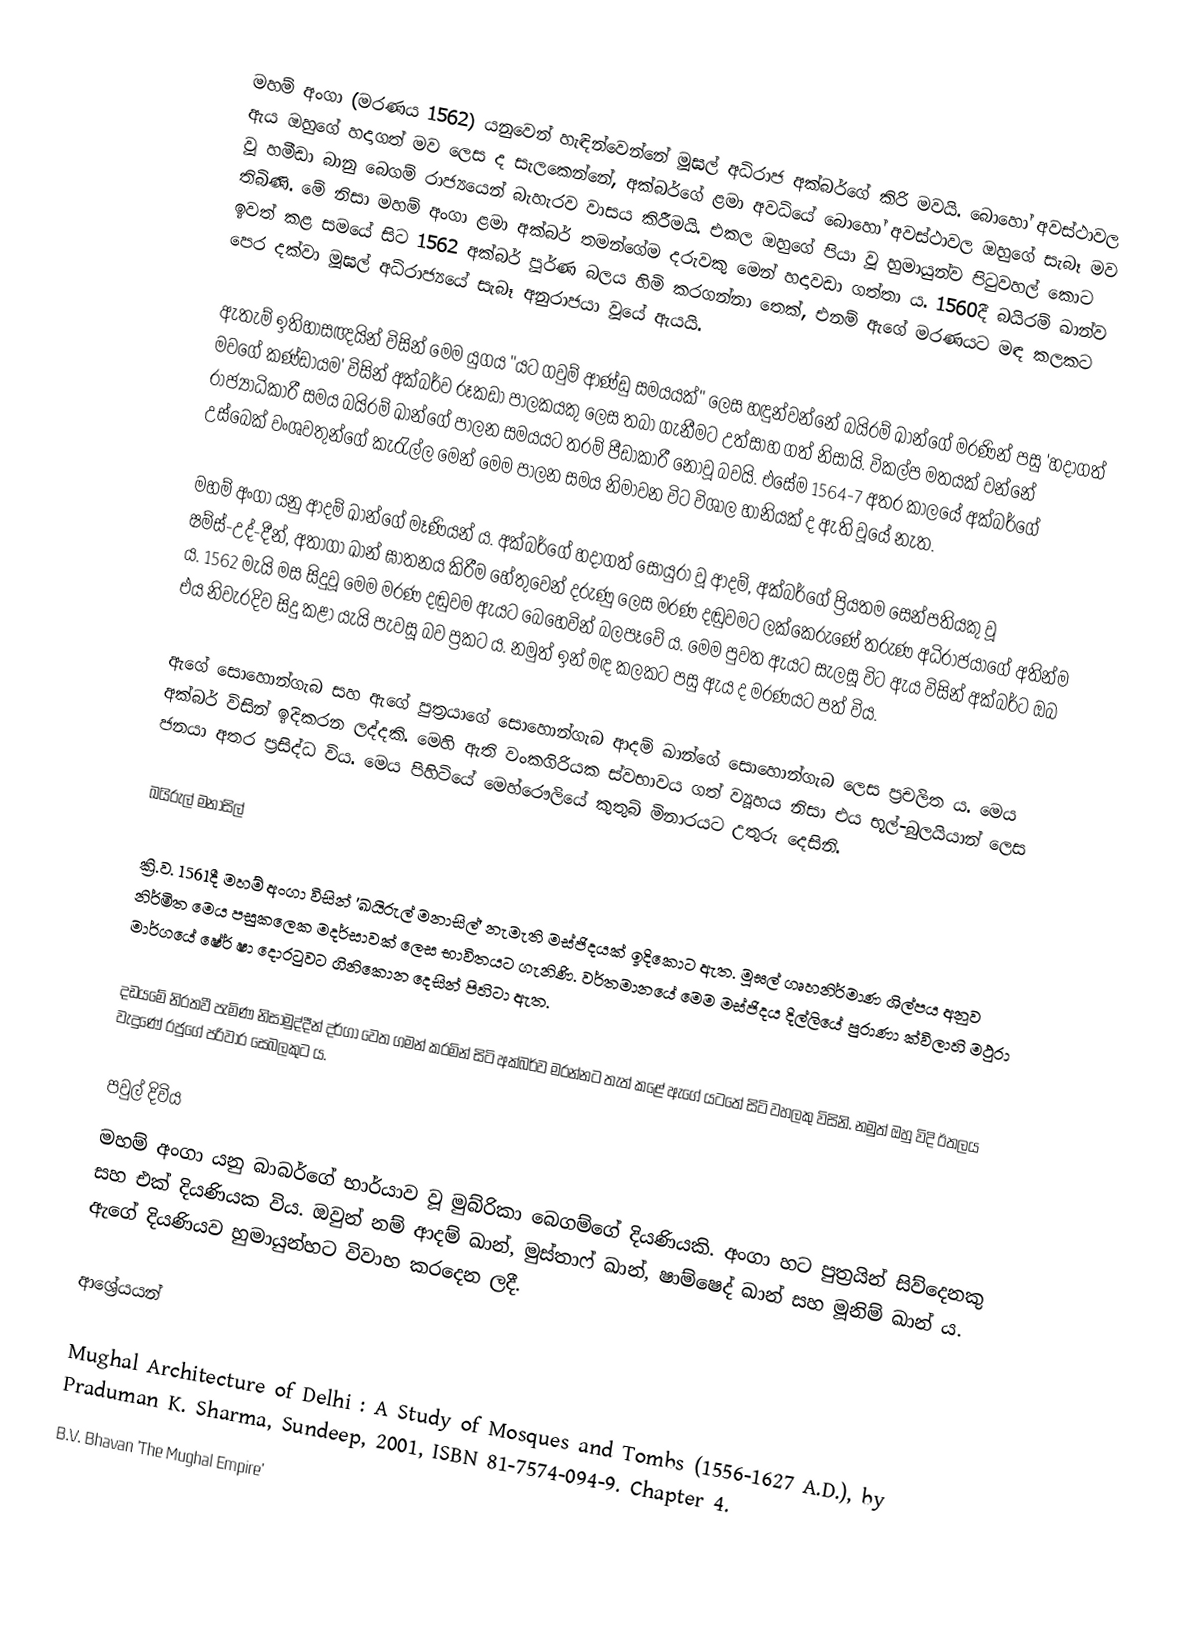
මහම් අංගා (මරණය 1562) යනුවෙන් හැඳින්වෙන්නේ මූඝල් අධිරාජ අක්බර්ගේ කිරි මවයි. බොහෝ අවස්ථාවල ඇය ඔහුගේ හදාගත් මව ලෙස ද සැලකෙන්නේ, අක්බර්ගේ ළමා අවධියේ බොහෝ අවස්ථාවල ඔහුගේ සැබෑ මව වූ හමීඩා බානු බෙගම් රාජ්‍යයෙන් බැහැරව වාසය කිරීමයි. එකල ඔහුගේ පියා වූ හුමායුන්ව පිටුවහල් කොට තිබිණි. මේ නිසා මහම් අංගා ළමා අක්බර් තමන්ගේම දරුවකු මෙන් හදාවඩා ගත්තා ය. 1560දී බයිරම් ඛාන්ව ඉවත් කළ සමයේ සිට 1562 අක්බර් පූර්ණ බලය හිමි කරගන්නා තෙක්, එනම් ඇගේ මරණයට මඳ කලකට පෙර දක්වා මූඝල් අධිරාජ්‍යයේ සැබෑ අනුරාජයා වූයේ ඇයයි.

ඇතැම් ඉතිහාසඥයින් විසින් මෙම යුගය "යට ගවුම් ආණ්ඩු සමයයක්" ලෙස හඳුන්වන්නේ බයිරම් ඛාන්ගේ මරණින් පසු 'හදාගත් මවගේ කණ්ඩායම' විසින් අක්බර්ව රූකඩා පාලකයකු ලෙස තබා ගැනීමට උත්සාහ ගත් නිසායි. විකල්ප මතයක් වන්නේ රාජ්‍යාධිකාරී සමය බයිරම් ඛාන්ගේ පාලන සමයයට තරම් පීඩාකාරී නොවූ බවයි. එසේම 1564-7 අතර කාලයේ අක්බර්ගේ උස්බෙක් වංශවතුන්ගේ කැරැල්ල මෙන් මෙම පාලන සමය නිමාවන විට විශාල හානියක් ද ඇති වූයේ නැත.

මහම් අංගා යනු ආදම් ඛාන්ගේ මෑණියන් ය. අක්බර්ගේ හදාගත් සොයුරා වූ ආදම්, අක්බර්ගේ ප්‍රියතම සෙන්පතියකු වූ ෂම්ස්-උද්-දීන්, අතාගා ඛාන් ඝාතනය කිරීම හේතුවෙන් දරුණු ලෙස මරණ දඬුවමට ලක්කෙරුණේ තරුණ අධිරාජයාගේ අතින්ම ය. 1562 මැයි මස සිදුවූ මෙම මරණ දඬුවම ඇයට බෙහෙවින් බලපෑවේ ය. මෙම පුවත ඇයට සැලසූ විට ඇය විසින් අක්බර්ට ඔබ එය නිවැරදිව සිදු කළා යැයි පැවසූ බව ප්‍රකට ය. නමුත් ඉන් මඳ කලකට පසු ඇය ද මරණයට පත් විය.

ඇගේ සොහොන්ගැබ සහ ඇගේ පුත්‍රයාගේ සොහොන්ගැබ ආදම් ඛාන්ගේ සොහොන්ගැබ ලෙස ප්‍රචලිත ය. මෙය අක්බර් විසින් ඉදිකරන ලද්දකි. මෙහි ඇති වංකගිරියක ස්වභාවය ගත් ව්‍යූහය නිසා එය භූල්-බුලයියාන් ලෙස ජනයා අතර ප්‍රසිද්ධ විය. මෙය පිහිටියේ මෙහ්රෞලියේ කුතුබ් මිනාරයට උතුරු දෙසිනි.

ඛයිරුල් මනාසිල්

ක්‍රි.ව. 1561දී මහම් අංගා විසින් 'ඛයිරුල් මනාසිල්' නැමැති මස්ජිදයක් ඉදිකොට ඇත. මූඝල් ගෘහනිර්මාණ ශිල්පය අනුව නිර්මිත මෙය පසුකලෙක මදර්සාවක් ලෙස භාවිතයට ගැනිණි. වර්තමානයේ මෙම මස්ජිදය දිල්ලියේ පුරාණා ක්විලාහි මථුරා මාර්ගයේ ෂේර් ෂා දොරටුවට ගිනිකොන දෙසින් පිහිටා ඇත.

දඩයමේ නිරතවී පැමිණ නිසාමුද්දීන් දර්ගා වෙත ගමන් කරමින් සිටි අක්බර්ව මරන්නට තැත් කළේ ඇගේ යටතේ සිටි වහලකු විසිනි. නමුත් ඔහු විදි ඊතලය වැදුණේ රජුගේ පරිවාර සෙබලකුට ය.

පවුල් දිවිය
මහම් අංගා යනු බාබර්ගේ භාර්යාව වූ මුබ්රිකා බෙගම්ගේ දියණියකි. අංගා හට පුත්‍රයින් සිව්දෙනකු සහ එක් දියණියක විය. ඔවුන් නම් ආදම් ඛාන්, මුස්තාෆ් ඛාන්, ෂාම්ෂෙද් ඛාන් සහ මූනිම් ඛාන් ය. ඇගේ දියණියව හුමායුන්හට විවාහ කරදෙන ලදී.

ආශ්‍රේයයන්

 Mughal Architecture of Delhi : A Study of Mosques and Tombs (1556-1627 A.D.), by Praduman K. Sharma, Sundeep, 2001, ISBN 81-7574-094-9. Chapter 4.
 B.V. Bhavan 'The Mughal Empire'